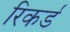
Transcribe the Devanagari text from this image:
रिकर्ड